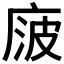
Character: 𰏻